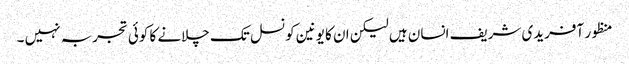
منظور آفریدی شریف انسان ہیں لیکن ان کا یونین کونسل تک چلانے کا کوئی تجربہ نہیں ۔